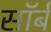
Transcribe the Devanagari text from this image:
सॉर्ब